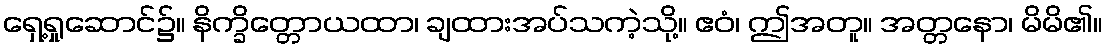
ရှေ့ရှုဆောင်၌။ နိက္ခိတ္တောယထာ၊ ချထားအပ်သကဲ့သို့။ ဧဝံ၊ ဤအတူ။ အတ္တနော၊ မိမိ၏။